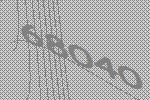
68040